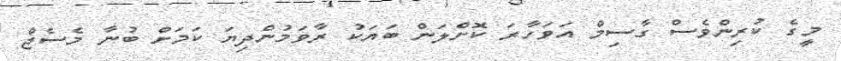
މީގެ ކުރިންވެސް ގާސިމް އަވަހާރަ ކޮށްލަން ބަޔަކު ރާވަމުންދިޔަ ކަމަށް ބުނާ މެސެޖް